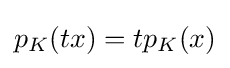
{\textstyle p_{K}(tx)=tp_{K}(x)}